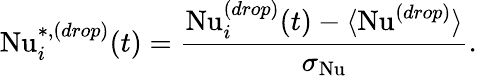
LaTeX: \mathrm{Nu}_{i}^{*,(drop)}(t)=\frac{\mathrm{Nu}_{i}^{(drop)}(t)-\langle\mathrm{Nu}^{(drop)}\rangle}{\sigma_{\mathrm{Nu}}}.